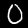
Label: 0